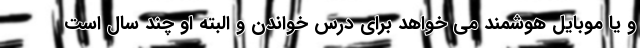
و یا موبایل هوشمند می خواهد برای درس خواندن و البته او چند سال است